Report of the Lahore Medical School Hospital
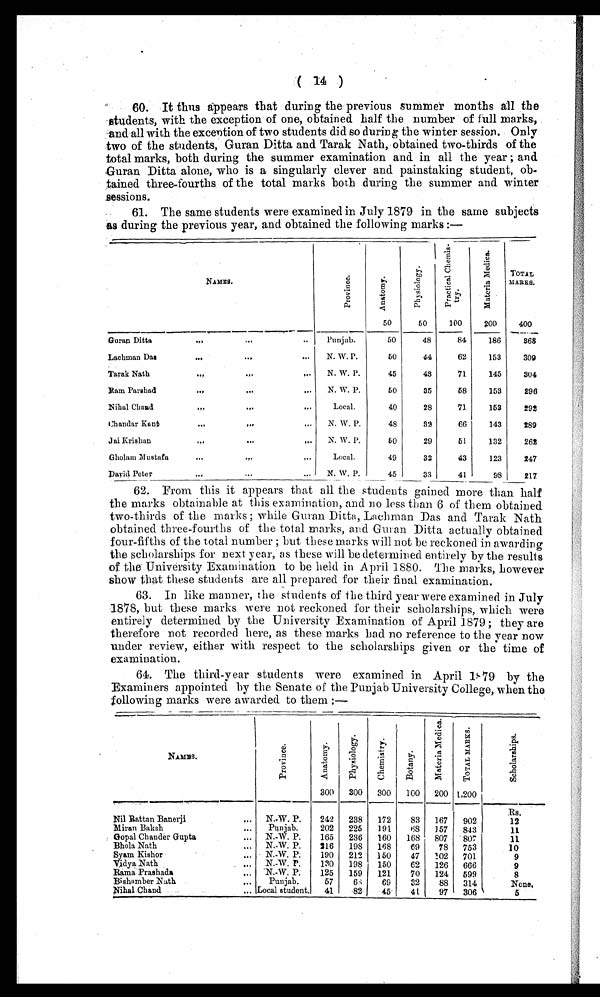
( 14 )
60. It thus appears that during the previous summer months all the
students, with the exception of one, obtained half the number of full marks,
and all with the exception of two students did so during the winter session. Only
two of the students, Guran Ditta and Tarak Nath, obtained two-thirds of the
total marks, both during the summer examination and in all the year ; and.
Guran Ditta alone, who is a singularly clever and painstaking student, ob--
tained three-fourths of the total marks both during the summer and winter
sessions.
61. The same students were examined in July 1879 in the same subjects
as during the previous year, and obtained the following marks :—
NAMES.
P r o v i n c e .
Anatomy.
50
P h y s i o l o g y .
50
P r a c t i c a l C h e m i s -
try.
100
M a t e r i a M e d i c a .
200
TOTAL
MARKS.
400
Guran Ditta ... ... ...
Punjab.
50
48
84
186
368
Lachman Das
... ... ...
N. W. P.
50
44
62
153
309
Tarak Nath
... ... ...
N. W. P.
45
43
71
145
304
Ram Parshad ... ... ...
N. W. P.
50
35
58
153
296
Nihal Chand
... ... ...
Local.
40
28
71
153
292
Chandar Kant
... ... ...
N. W. P.
48
32
66
143
289
Jai Krishan
... ... ...
N. W. P.
60
29
51
132
262
Gholam Mustafa
... ... ...
Local.
49
32
43
123
247
David Peter
... ... ...
N. W. P.
45
33
41
98
217
62. From this it appears that all the students gained more than half
the marks obtainable at this examination, and no less than 6 of them obtained
two-thirds of the marks ; while Guran Ditta, Lachman Das and Tarak Nath
obtained three-fourths of the total marks, and Guran Ditta actually obtained
four-fifths of the total number ; but these marks will not be reckoned in awarding
the scholarships for next year, as these will be determined entirely by the results
of the University Examination to be held in April 1880. The marks, however
show that these students are all prepared for their final examination.
63. In like manner, the students of the third year were examined in July
1878, but these marks were not reckoned for their scholarships, which were
entirely determined by the University Examination of April 1879 ; they are
therefore not recorded here, as these marks had no reference to the year now
under review, either with respect to the scholarships given or the time of
examination.
64. The third-year students were examined in April 1879 by the
Examiners appointed by the Senate of the Punjab University College, when the
following marks were awarded to them :—
NAMES.
P r o v i n c e .
A n a t o m y .
300
Physiology.
300
C h e m i s t r y .
300
Botany.
100
M a t e r i a M e d i c a .
200
T O T A L M A R K S .
1,200
S c h o l a r s h i p s .
Rs.
Nil Rattan Banerji
... N. W. P.
242 238
172
83
167
902
12
Miran Baksh
... Punjab.
202
225
191
68
157
843
11
Gopal Chander Gupta
. . . N. W. P.
165
236
160 168 807
807
11
Bhola Nath
. . . N. W. P.
216
198
168
69
78
753
10
Syam Kishor
... N. W. P.
190
212 150
47
102 701
9
Vidya Nath
. . . N. W. P.
130
198
150
62 126 666
9
Rama Prashada
... N. W. P.
125
159
121
70
124 599
8
Bishamber Nath ...
Punjab.
57
68
69
32
88
314
None.
Nihal Chand
... Local student.
41
82
45
41
97
306
5